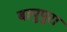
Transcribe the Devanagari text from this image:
बापुपुरा